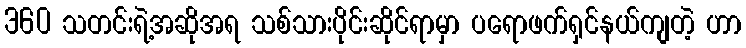
360 သတင်းရဲ့အဆိုအရ သစ်သားပိုင်းဆိုင်ရာမှာ ပရောဖက်ရှင်နယ်ကျတဲ့ ဟာ